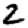
Digit: 2